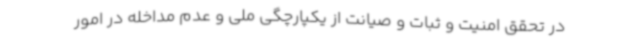
در تحقق امنیت و ثبات و صیانت از یکپارچگی ملی و عدم مداخله در امور